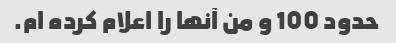
حدود 100 و من آنها را اعلام کرده ام.